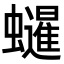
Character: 𧔷